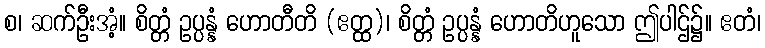
စ၊ ဆက်ဦးအံ့။ စိတ္တံ ဥပ္ပန္နံ ဟောတီတိ (ဧတ္ထ)၊ စိတ္တံ ဥပ္ပန္နံ ဟောတိဟူသော ဤပါဌ်၌။ ဧတံ၊